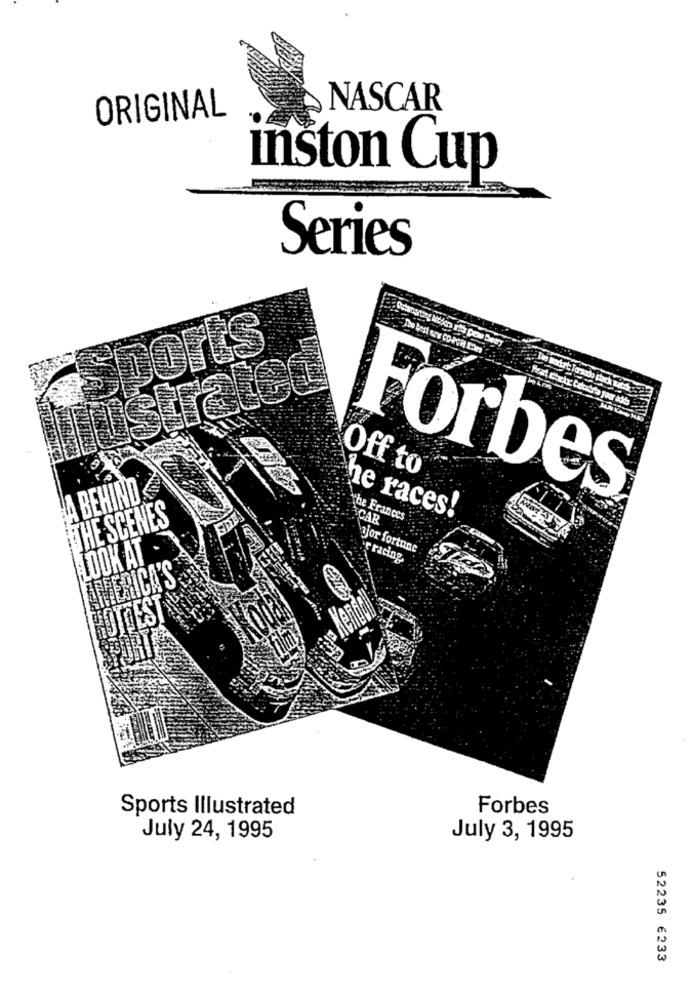
ORIGINAL
NASCAR
inston Cup
Series
lustratCE
Off to
A BEHIND
Forbes
THE SCENES
he races!
the Frances
CAR
ajor fortune
LOOK AT
r racing
AMERICA'S
HOTTEST
Sports Illustrated
Forbes
July 24, 1995
July 3, 1995
52235 €233